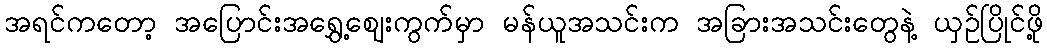
အရင်ကတော့ အပြောင်းအရွှေ့ဈေးကွက်မှာ မန်ယူအသင်းက အခြားအသင်းတွေနဲ့ ယှဉ်ပြိုင်ဖို့